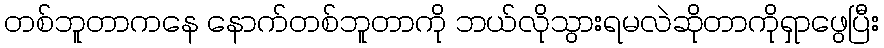
တစ်ဘူတာကနေ နောက်တစ်ဘူတာကို ဘယ်လိုသွားရမလဲဆိုတာကိုရှာဖွေပြီး